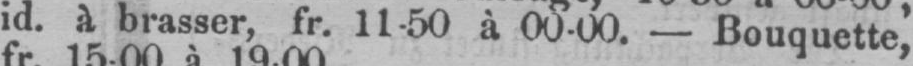
id. à brasser, fr. 11-50 à 00-00. - Bouquette,